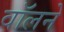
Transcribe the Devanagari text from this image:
वॉलने